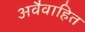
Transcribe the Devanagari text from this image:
अवैवाहित